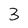
Character: 3